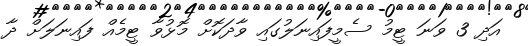
އަދި 3 ވަނަ ޓީމު ސެމީފައިނަލުގައި ވާދަކޮށް މޮޅުވާ ޓީމެއް ފައިނަލަށް ދާ